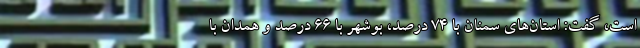
است، گفت: استان‌های سمنان با ۷۴ درصد، بوشهر با ۶۶ درصد و همدان با